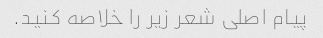
پیام اصلی شعر زیر را خلاصه کنید.